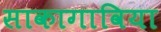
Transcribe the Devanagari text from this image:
साकागाविया